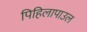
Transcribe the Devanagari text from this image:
पिहिलापाउल